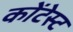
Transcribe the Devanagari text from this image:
कोंटेस्ट